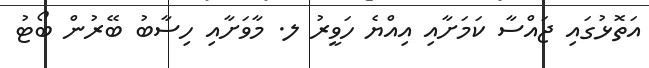
އަތޮޅުގައި ޖައްސާ ކަމަށާއި އިއްޔެ ހަވީރު ލ. މާވަށާއި ހިސާބު ބޭރުން ބޯޓު